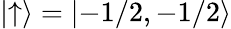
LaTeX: |{\uparrow}\rangle=|{-1/2,-1/2}\rangle